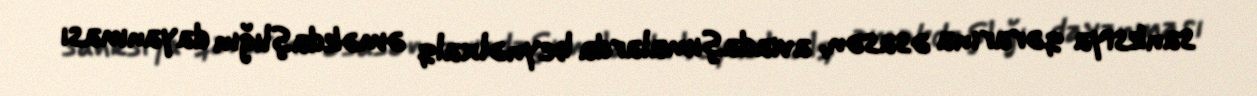
sanksiya qərarına əsasən, aviadaşımalarda beynəlxalq əməkdaşlığın dayanması